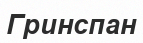
Гринспан